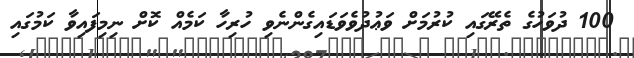
100 ދުވަހުގެ ތެރޭގައި ކުރުމަށް ވަޢުދުވެވަޑައިގެންނެވި ހުރިހާ ކަމެއް ކޮށް ނިމިފައިވާ ކަމުގައި